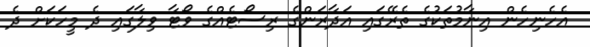
އެހެނިހެން އިނާމުތަކުގެ ތެރޭގައި އަދާރަންގެ ރިސޯޓެއްގެ ވޯޓާ ވިލާގައި ދެ މީހަކަށް ދެ